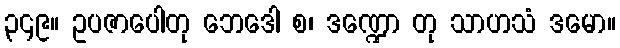
၃၄၉။ ဥပဇာပေါတု ဘေဒေါ စ၊ ဒဏ္ဍော တု သာဟသံ ဒမော။